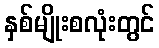
နှစ်မျိုးစလုံးတွင်